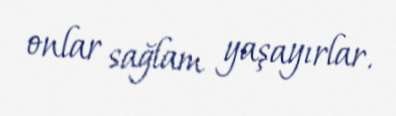
onlar sağlam yaşayırlar.